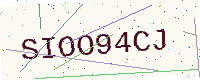
Text: SIOO94CJ